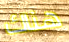
هناك